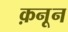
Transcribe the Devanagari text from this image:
क़नून